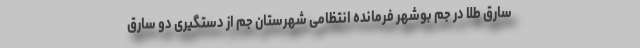
سارق طلا در جم بوشهر فرمانده انتظامی شهرستان جم از دستگیری دو سارق